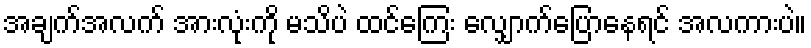
အချက်အလက် အားလုံးကို မသိပဲ ထင်ကြေး လျှောက်ပြောနေရင် အလကားပဲ။